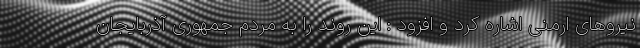
نیروهای ارمنی اشاره کرد و افزود : این روند را به مردم جمهوری آذربایجان